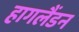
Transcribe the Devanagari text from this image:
हागलैंडन